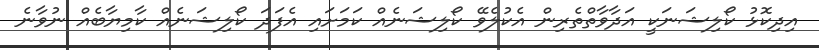
އިދިކޮޅު ކޯލިޝަނަކީ އަދާވާތްތެރިން އެކުލެވޭ ކޯލިޝަނެއް ކަމަށައި އެފަދަ ކޯލިޝަނެއް ކާމިޔާބެއް ނުވާނެ